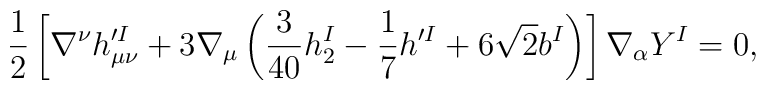
\frac{1}{2} \left[ \nabla^\nu h^{\prime I}_{\mu\nu}+ 3 \nabla_\mu \left( \frac{3}{40} h_2^I -\frac{1}{7} h^{\prime I} +6\sqrt{2} b^I \right) \right] \nabla_\alpha Y^I =0,